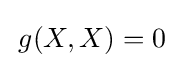
\,g(X,X)=0